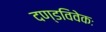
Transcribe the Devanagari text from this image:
दण्डविवेकः